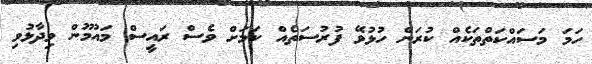
ހަމަ މަސައްކަތްތަކެއް ކުރަން ހުޅުވޭ ފުރުސަތެއް ކަމަށް ވެސް ރައީސް މައުމޫން ވިދާޅުވި